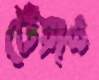
টেঁয়াও